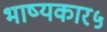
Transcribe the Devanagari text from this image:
भाष्यकार५